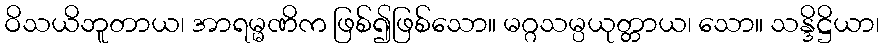
ဝိသယိဘူတာယ၊ အာရမ္မဏိက ဖြစ်၍ဖြစ်သော။ မဂ္ဂသမ္ပယုတ္တာယ၊ သော။ သန္ဒိဋ္ဌိယာ၊